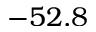
- 5 2 . 8